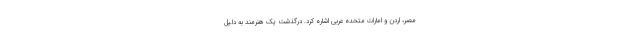
مصر، اردن و امارات متحده عربی اشاره کرد. درگذشت یک هنرمند به دلیل